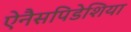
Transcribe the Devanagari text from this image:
ऐनैसपिडेशिया